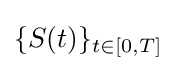
\{S(t)\}_{t\in [0,T]}